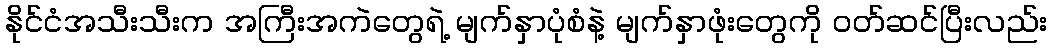
နိုင်ငံအသီးသီးက အကြီးအကဲတွေရဲ့ မျက်နှာပုံစံနဲ့ မျက်နှာဖုံးတွေကို ဝတ်ဆင်ပြီးလည်း